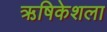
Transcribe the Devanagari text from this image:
ऋषिकेशला